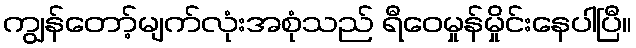
ကျွန်တော့်မျက်လုံးအစုံသည် ရီဝေမှုန်မှိုင်းနေပါပြီ။